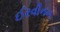
ઈરવીનન